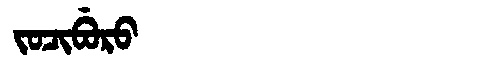
Manchu: ᠵᠣᠴᡳᠪᡠᡵᠣ
Romanization: JOCIBURO